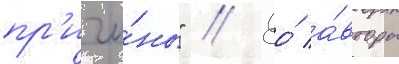
пр'ичи́ны" // Ео́ а́вторы